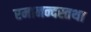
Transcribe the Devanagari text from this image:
रमानन्दस्तथा